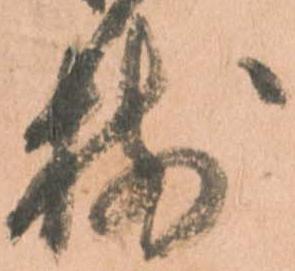
揃